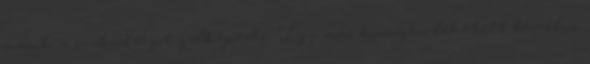
másik a szabadságot jelképezte. Így már könnyen lehetett beszélni